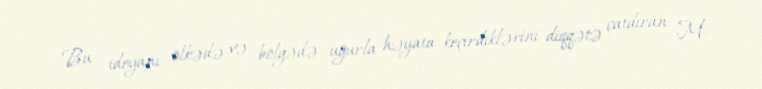
Bu ideyanı ölkədə və bölgədə uğurla həyata keçirdiklərini diqqətə çatdıran M.